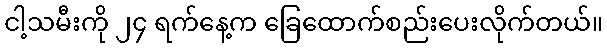
ငါ့သမီးကို ၂၄ ရက်နေ့က ခြေထောက်စည်းပေးလိုက်တယ်။